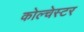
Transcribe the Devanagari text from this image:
कोल्चेस्टर